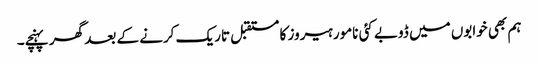
ہم بھی خوابوں میں ڈوبے کئی نامور ہیروز کا مستقبل تاریک کرنے کے بعد گھر پہنچے۔